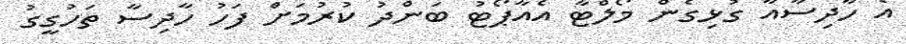
އެ ހާދިސާއާ ގުޅިގެން މޯލްޓާ އެއާޕޯޓު ބަންދު ކުރުމަށް ފަހު ހާދިސާ ތަހުގީގު